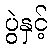
ပွဲနှင့်